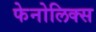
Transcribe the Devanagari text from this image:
फेनोलिक्स